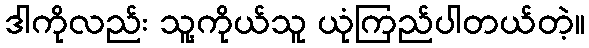
ဒါကိုလည်း သူ့ကိုယ်သူ ယုံကြည်ပါတယ်တဲ့။